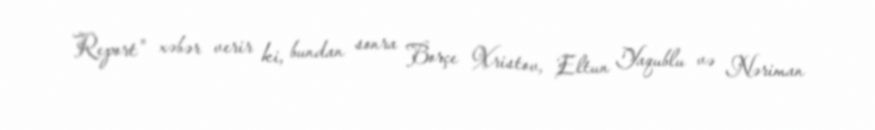
Report" xəbər verir ki, bundan sonra Borçe Xristov, Eltun Yaqublu və Nəriman